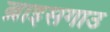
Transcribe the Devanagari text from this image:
ब्राइसगाउ